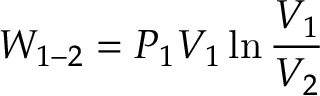
W _ { 1 - 2 } = P _ { 1 } V _ { 1 } \ln { \frac { V _ { 1 } } { V _ { 2 } } }